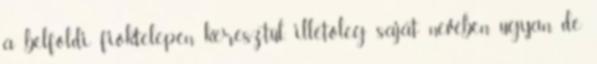
a belföldi fióktelepén keresztül, illetőleg saját nevében ugyan, de